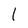
Character: l